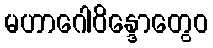
မဟာဂေါဝိန္ဒောတွေဝ